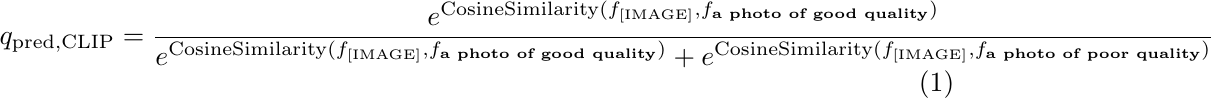
\begin{equation}
q_\mathrm{pred,CLIP} = \frac{e^{\mathrm{CosineSimilarity}(f_{[\text]}, f_{\textbf{a photo of good quality}})}}{e^{\mathrm{CosineSimilarity}(f_{[\text]}, f_{\textbf{a photo of good quality}})}+e^{\mathrm{CosineSimilarity}(f_{[\text]}, f_{\textbf{a photo of poor quality}})}}
\end{equation}